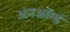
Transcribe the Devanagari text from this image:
अनऑर्म्ड